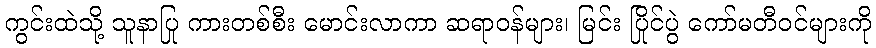
ကွင်းထဲသို့ သူနာပြု ကားတစ်စီး မောင်းလာကာ ဆရာဝန်များ၊ မြင်း ပြိုင်ပွဲ ကော်မတီဝင်များကို